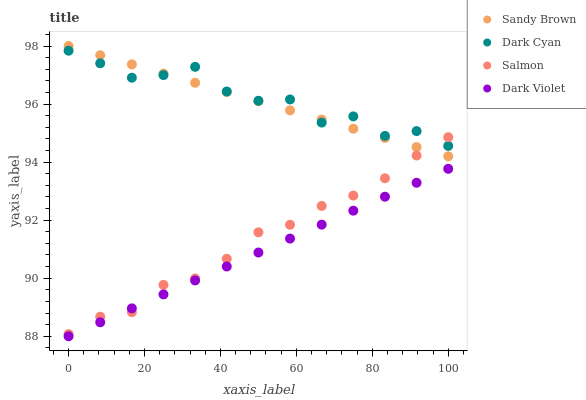
| xaxis_label | Sandy Brown | Dark Cyan | Salmon | Dark Violet |
 | --- | --- | --- | --- | --- |
 | 0 | 98 | 97.8 | 88.1 | 88 |
 | 8.33 | 97.7 | 97.4 | 88.7 | 88.5 |
 | 16.7 | 97.4 | 96.9 | 88.8 | 89 |
 | 25 | 97 | 97 | 89.8 | 89.4 |
 | 33.3 | 96.7 | 97.3 | 90 | 89.9 |
 | 41.7 | 96.4 | 96.4 | 90.7 | 90.4 |
 | 50 | 96.1 | 96.1 | 91.6 | 90.9 |
 | 58.3 | 95.8 | 96.2 | 91.8 | 91.4 |
 | 66.7 | 95.5 | 95.4 | 92.5 | 91.8 |
 | 75 | 95.1 | 95.6 | 92.8 | 92.3 |
 | 83.3 | 94.8 | 94.9 | 93.4 | 92.8 |
 | 91.7 | 94.5 | 95.1 | 94.2 | 93.3 |
 | 100 | 94.2 | 94.6 | 94.9 | 93.8 |